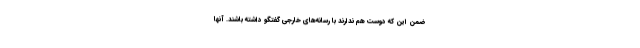
ضمن این که دوست هم ندارند با رسانه‌های خارجی گفتگو داشته باشند. آنها